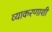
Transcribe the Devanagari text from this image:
व्याकरणाशी